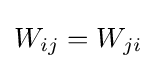
W_{ij}=W_{ji}